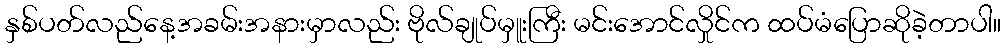
နှစ်ပတ်လည်နေ့အခမ်းအနားမှာလည်း ဗိုလ်ချုပ်မှူးကြီး မင်းအောင်လှိုင်က ထပ်မံပြောဆိုခဲ့တာပါ။